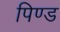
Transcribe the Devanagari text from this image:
पिण्‍ड